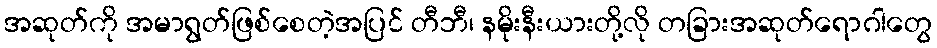
အဆုတ်ကို အမာရွတ်ဖြစ်စေတဲ့အပြင် တီဘီ၊ နမိုးနီးယားတို့လို တခြားအဆုတ်ရောဂါတွေ